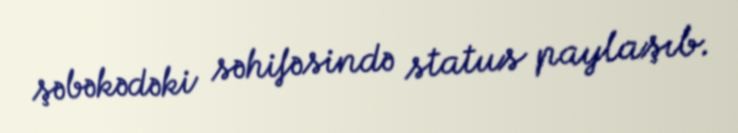
şəbəkədəki səhifəsində status paylaşıb.